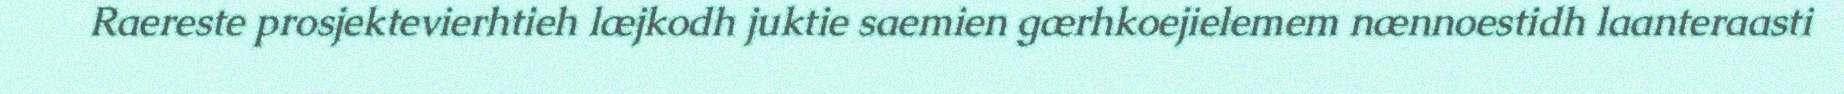
Raereste prosjektevierhtieh læjkodh juktie saemien gærhkoejielemem nænnoestidh laanteraasti